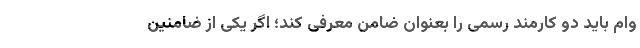
وام باید دو کارمند رسمی را بعنوان ضامن معرفی کند؛ اگر یکی از ضامنین